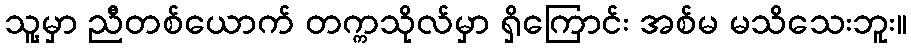
သူ့မှာ ညီတစ်ယောက် တက္ကသိုလ်မှာ ရှိကြောင်း အစ်မ မသိသေးဘူး။